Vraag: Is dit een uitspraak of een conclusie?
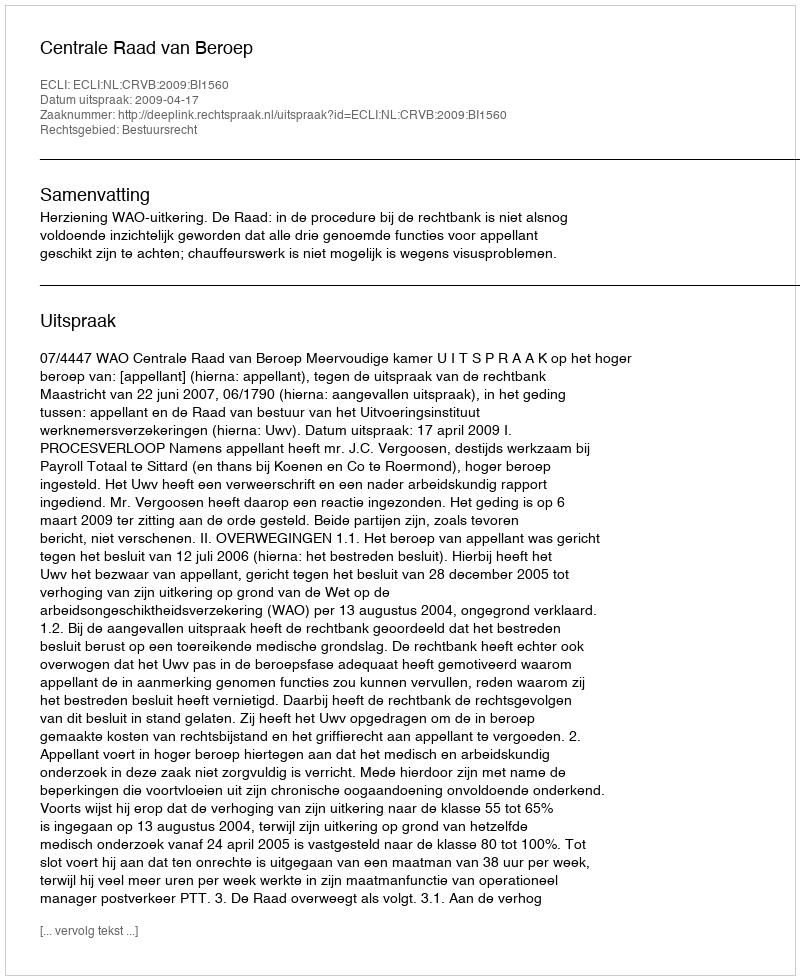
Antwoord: Uitspraak